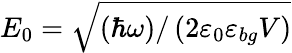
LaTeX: E_{0}=\sqrt{(\hbar\omega)/\left(2\varepsilon_{0}\varepsilon_{bg}V\right)}